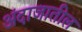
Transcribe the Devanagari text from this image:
अंदाजातील